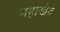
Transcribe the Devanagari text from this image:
महाखेद